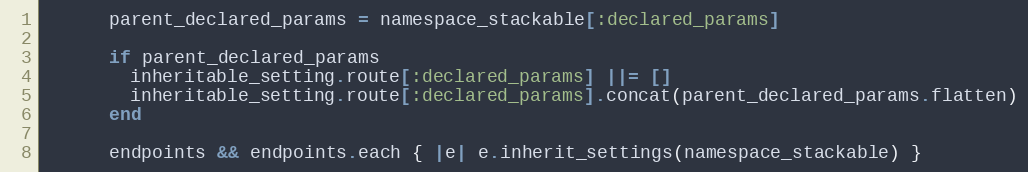
Language: Ruby
      parent_declared_params = namespace_stackable[:declared_params]

      if parent_declared_params
        inheritable_setting.route[:declared_params] ||= []
        inheritable_setting.route[:declared_params].concat(parent_declared_params.flatten)
      end

      endpoints && endpoints.each { |e| e.inherit_settings(namespace_stackable) }